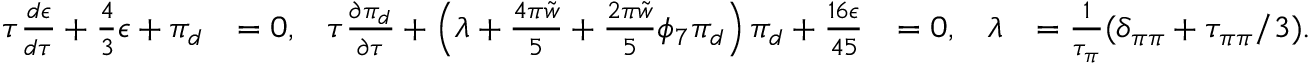
\begin{array} { r l r l r l } { \tau \frac { d \epsilon } { d \tau } + \frac { 4 } { 3 } \epsilon + \pi _ { d } } & { = 0 , } & { \tau \frac { \partial \pi _ { d } } { \partial \tau } + \left( \lambda + \frac { 4 \pi \tilde { w } } { 5 } + \frac { 2 \pi \tilde { w } } { 5 } \phi _ { 7 } \pi _ { d } \right) \pi _ { d } + \frac { 1 6 \epsilon } { 4 5 } } & { = 0 , } & { \lambda } & { = \frac { 1 } { \tau _ { \pi } } ( \delta _ { \pi \pi } + \tau _ { \pi \pi } / 3 ) . } \end{array}